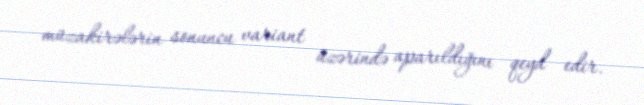
müzakirələrin sonuncu variant üzərində aparıldığını qeyd edir.